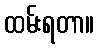
ထမ်းရတာ။